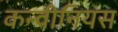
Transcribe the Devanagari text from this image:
कन्वीनियंस